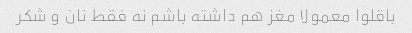
باقلوا معمولا مغز هم داشته باشم نه فقط نان و شکر